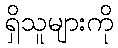
ရှိသူများကို